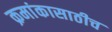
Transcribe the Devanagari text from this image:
क्रमांकासाठीच